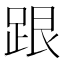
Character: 跟